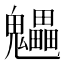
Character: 𩴼